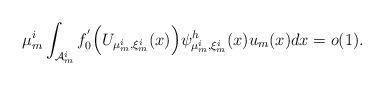
LaTeX: \begin{align*}\mu_m^i\int_{\mathcal{A}_m^i}f_0^{'}\Big(U_{ \mu^i_m,\xi^i_m}(x)\Big) \psi_{ \mu^i_m,\xi^i_m}^h (x) u_m(x) dx=o(1).\end{align*}